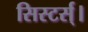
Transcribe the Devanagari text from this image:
सिस्टर्स्।